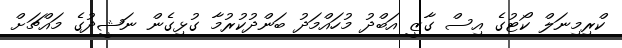
ކްރިމިނަލް ކޯޓުގެ އިސް ގާޒީ އަބްދު މުހައްމަދު ބަންދުކުރުމާ ގުޅިގެން ނަޝީދުގެ މައްޗަށް